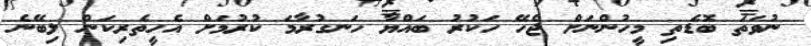
ނުވަތަ ބޮޑެތި މީހުންނަށް ޖެހޭ ހަކުރު ބައްޔާ ހަނގުރާމަ ކުރުމަށް އެހީތެރިކަން ލިބޭނެ